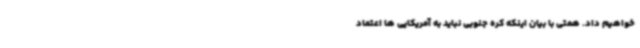
خواهیم داد. همتی با بیان اینکه کره جنوبی نباید به آمریکایی ها اعتماد